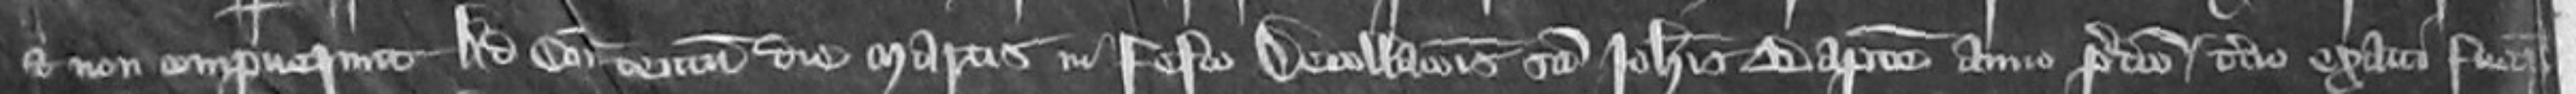
et non comperuerunt Ad Comitatum tentum die Martis in Festo Decollacionis Sancti Johannis Baptiste anno predicto tertio exacti fuerunt